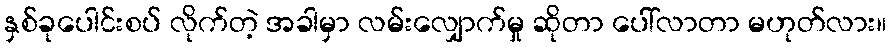
နှစ်ခုပေါင်းစပ် လိုက်တဲ့ အခါမှာ လမ်းလျှောက်မှု ဆိုတာ ပေါ်လာတာ မဟုတ်လား။